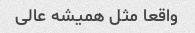
واقعا مثل همیشه عالی